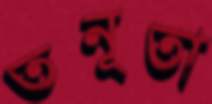
তনূতা